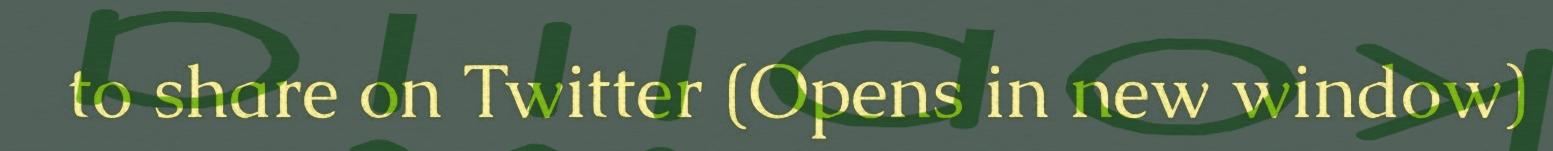
to share on Twitter (Opens in new window)